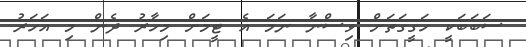
ސަބަބަކީ ހަގީގަތަށް ވިސްނާ ނަމަ އެ ޓީމަށް މިހާރު ދެން މި އަހަރު